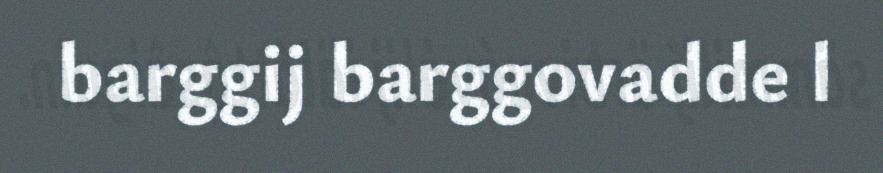
barggij barggovadde l